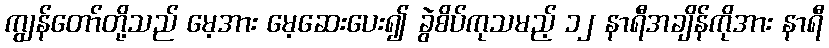
ကျွန်တော်တို့သည် မေ့အား မေ့ဆေးပေး၍ ခွဲစိပ်ကုသမည့် ၁၂ နာရီအချိန်ကိုအား နာရီ